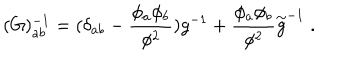
LaTeX: ( G ) _ { a b } ^ { - 1 } = ( \delta _ { a b } - \frac { \phi _ { a } \phi _ { b } } { \phi ^ { 2 } } ) g ^ { - 1 } + \frac { \phi _ { a } \phi _ { b } } { \phi ^ { 2 } } { \stackrel { \sim } { g } } ^ { - 1 } \; .